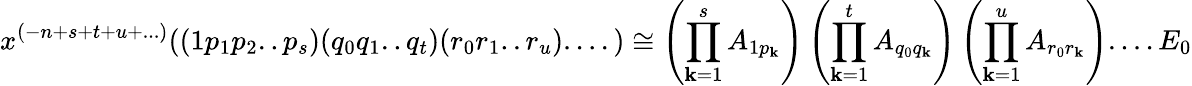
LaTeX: x^{(-n+s+t+u+...)}((1p_{1}p_{2}..p_{s})(q_{0}q_{1}..q_{t})(r_{0}r_{1}..r_{u})....)\cong\left(\prod_{\mathbf{k}=1}^{s}A_{1p_{\mathbf{k}}}\right)\left(\prod_{\mathbf{k}=1}^{t}A_{q_{0}q_{\mathbf{k}}}\right)\left(\prod_{\mathbf{k}=1}^{u}A_{r_{0}r_{\mathbf{k}}}\right)....E_{0}